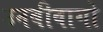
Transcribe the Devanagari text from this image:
उनबीवागो